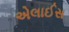
એલાઈસ